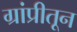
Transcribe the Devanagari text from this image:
ग्रांप्रीतून